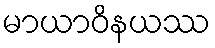
မာယာဝိနယဿ